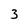
Character: 3